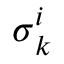
{ \boldsymbol { \sigma } } _ { k } ^ { i }